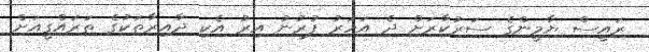
ރައީސް ޔާމީންގެ ސަރުކާރަށް ދެ އަހަރު ފުރުނު އިރު އެކި ދާއިރާތަކުގެ ތަރައްގީއަށް